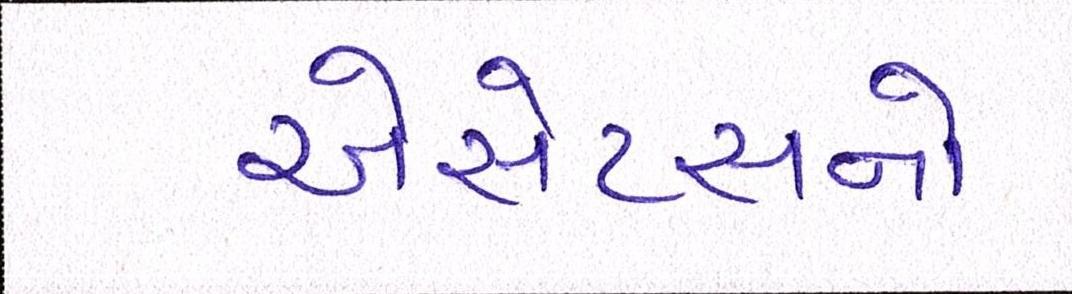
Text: એસેટસનો